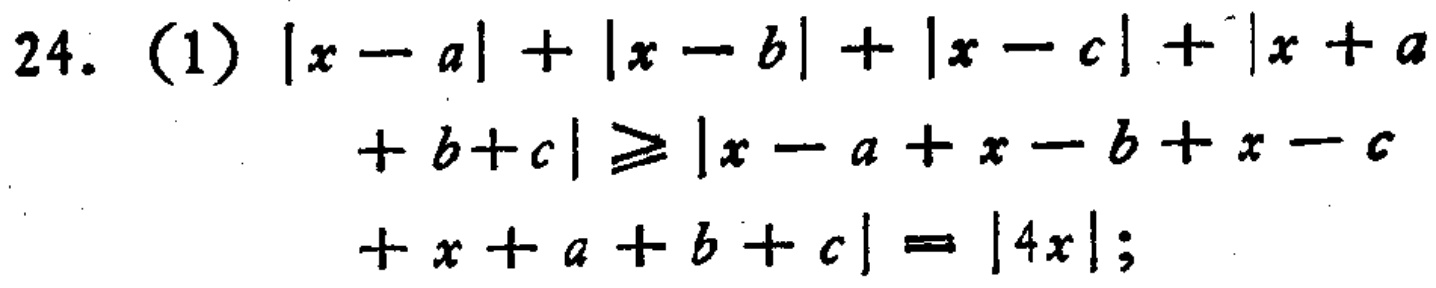
24. (1) \(|x - a|+|x - b|+|x - c|+|x + a + b + c|\geq|x - a + x - b + x - c + x + a + b + c| = |4x|\);